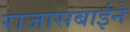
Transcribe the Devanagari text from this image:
राजासबाईने